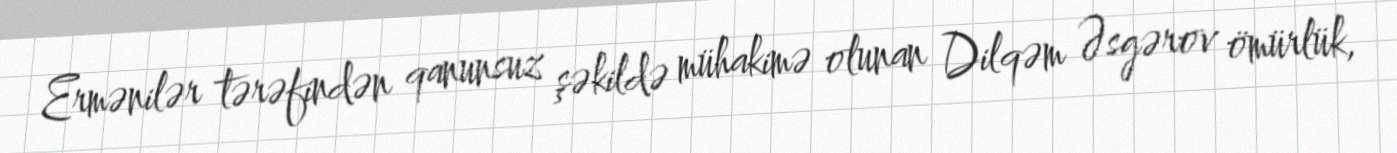
Ermənilər tərəfindən qanunsuz şəkildə mühakimə olunan Dilqəm Əsgərov ömürlük,